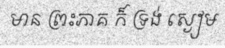
មាន ព្រះភាគ ក៏ ទ្រង់ ស្ងៀម